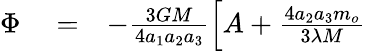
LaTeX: \begin{array}{rlr}{\Phi}&{{}=}&{-\frac{3GM}{4a_{1}a_{2}a_{3}}\left[A+\frac{4a_{2}a_{3}m_{o}}{3\lambda M}\right.}\end{array}